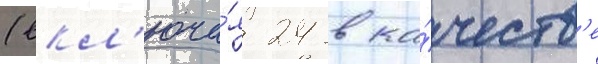
(вкл'юча́я 24 в ка́честв'е